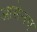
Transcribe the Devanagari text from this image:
आसेनए